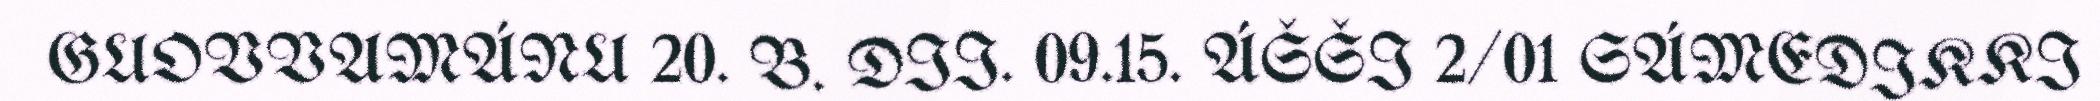
GUOVVAMÁNU 20. B. DII. 09.15. ÁŠŠI 2/01 SÁMEDIKKI